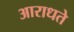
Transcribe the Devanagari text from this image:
आराधते